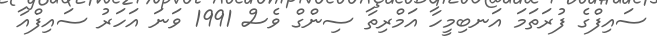
ސައިފްގެ ފުރަތަމަ އަނބިމީހާ އަމްރިތާ ސިންގް ވެސް 1991 ވަނަ އަހަރު ސައިފްއާ